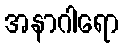
အနာဂါရော